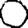
Digit: 0